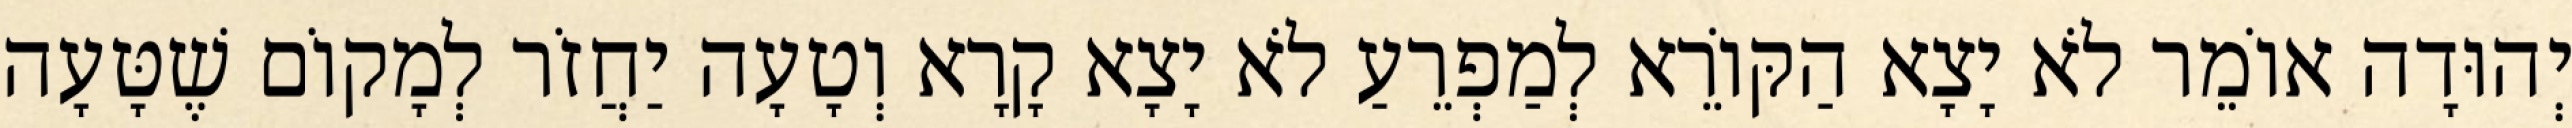
יְהוּדָה אוֹמֵר לֹא יָצָא הַקּוֹרֵא לְמַפְרֵעַ לֹא יָצָא קָרָא וְטָעָה יַחֲזֹר לְמָקוֹם שֶׁטָּעָה